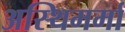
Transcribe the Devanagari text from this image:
अस्थिमर्मा